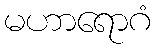
မဟာရောဂံ